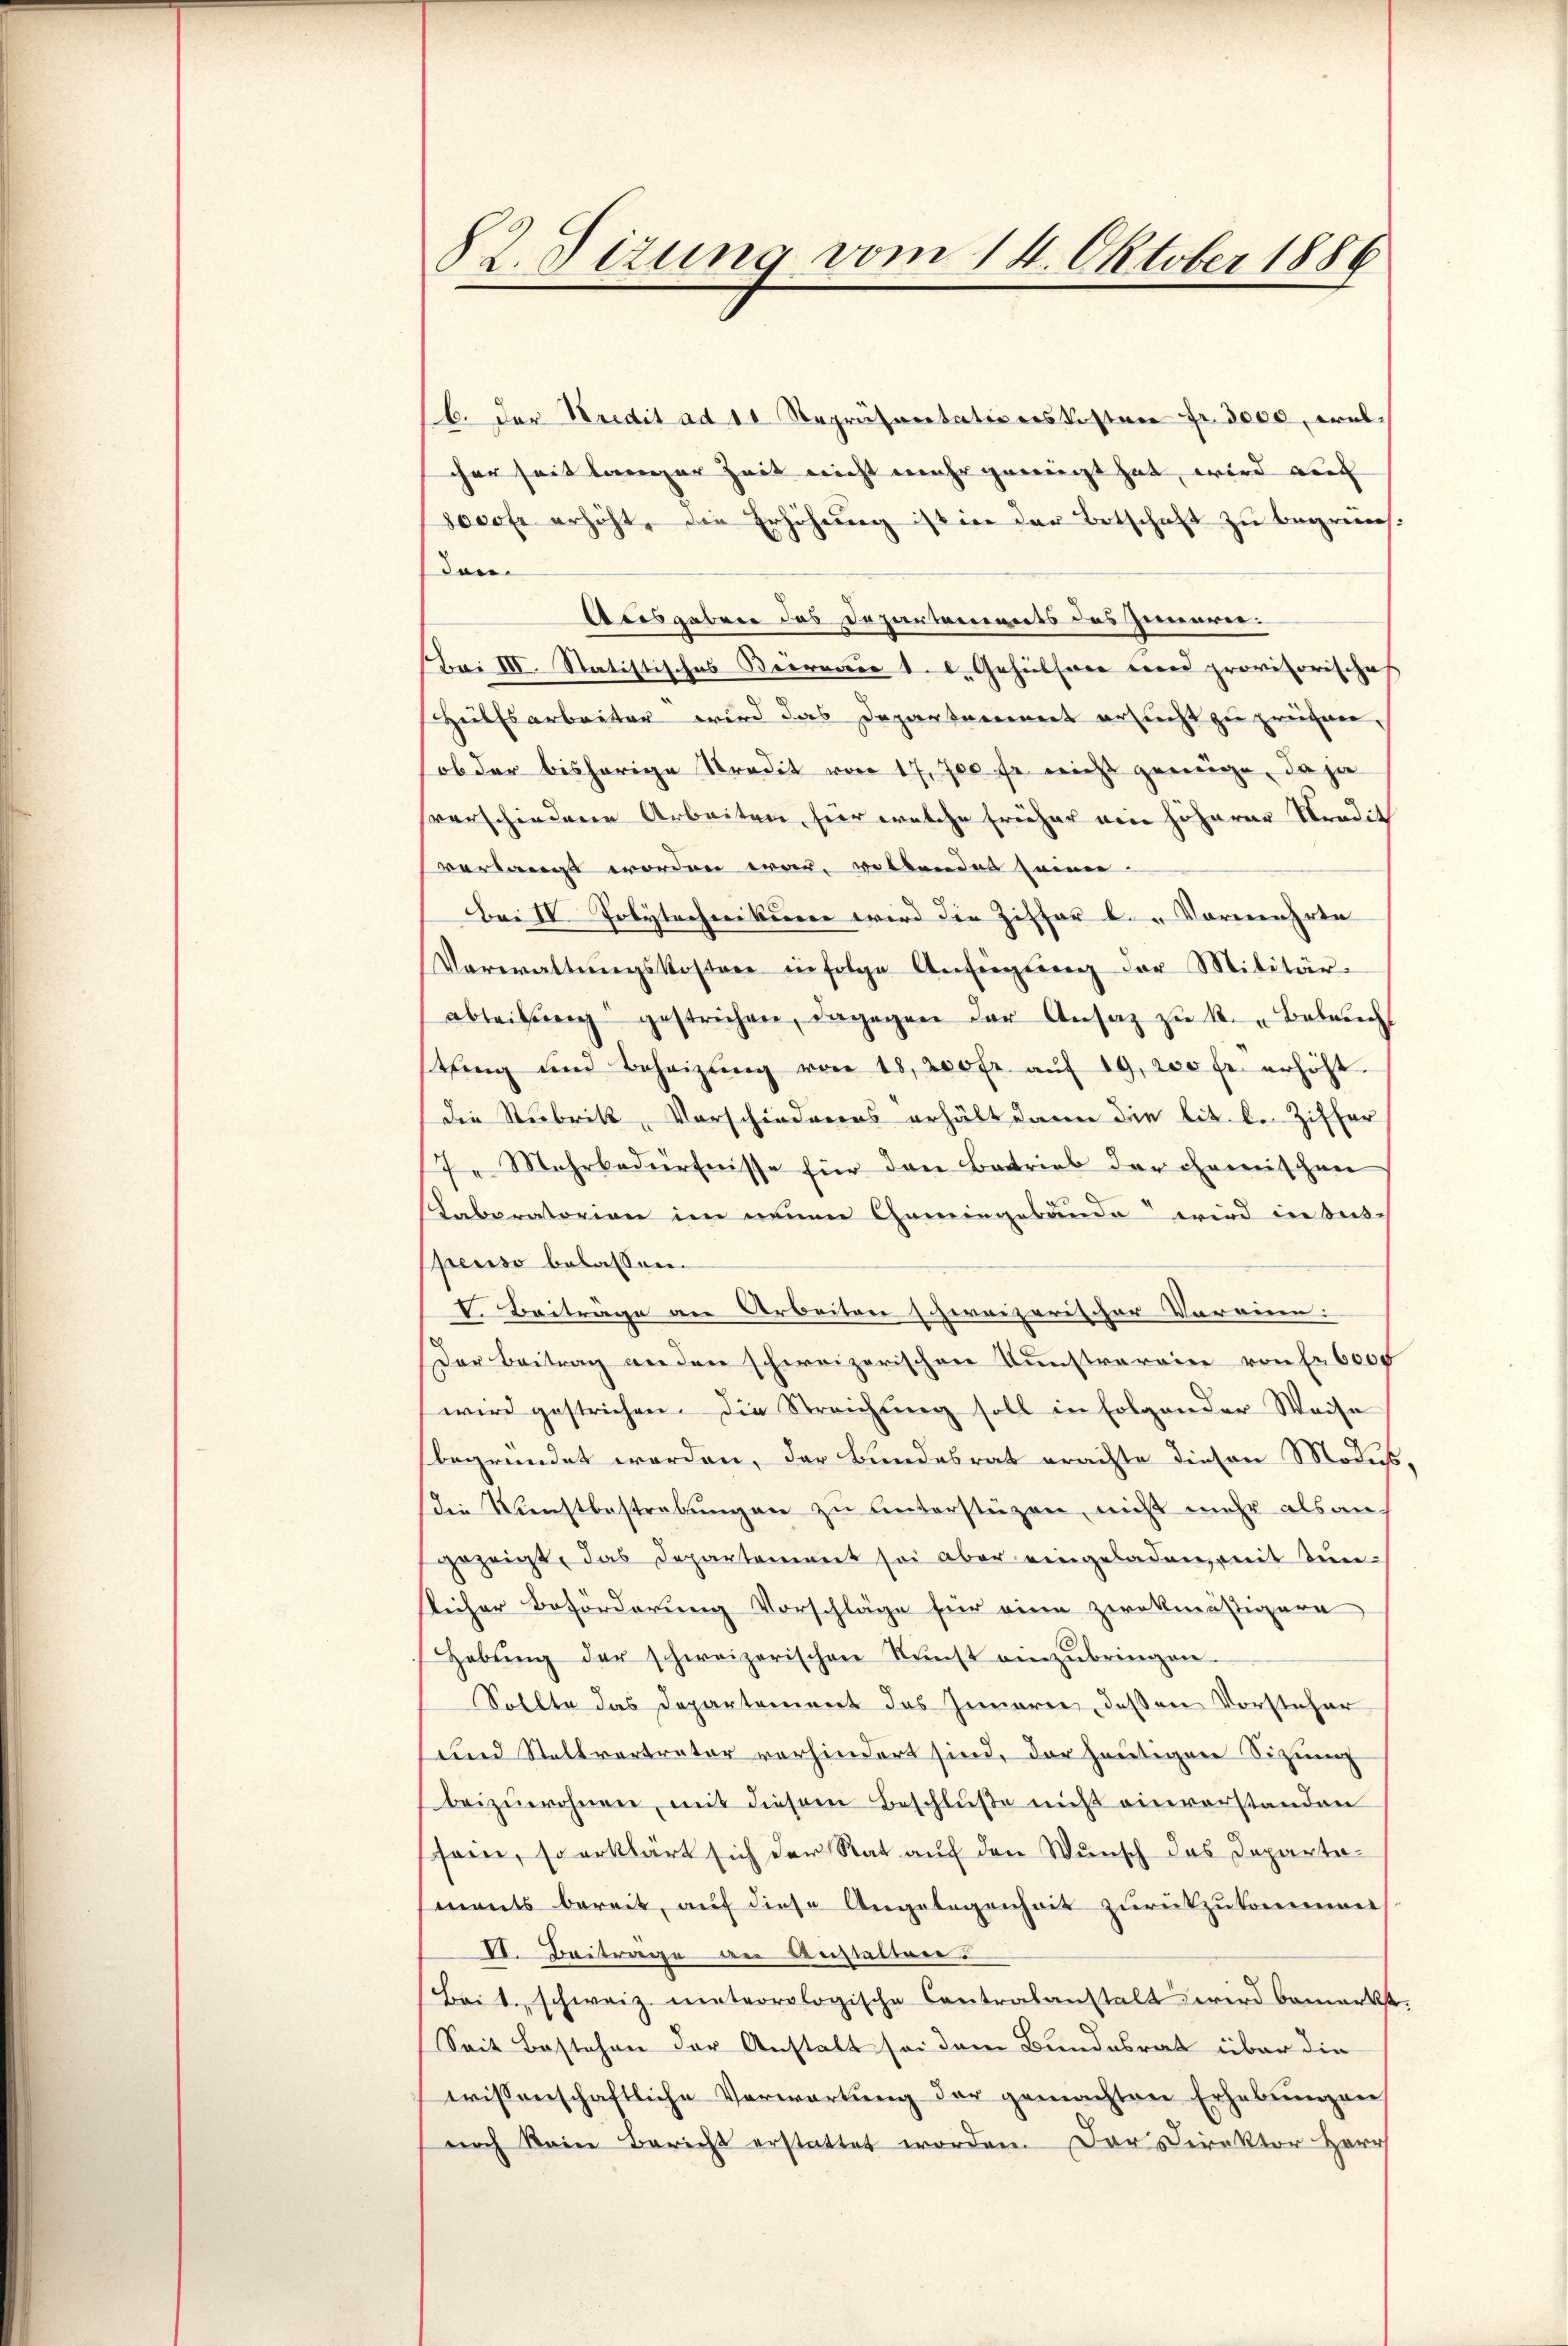
82. Dizung vom 14. Oktober 1886

b. der Kredit ad 11 Repräsentationskosten fr. 3000, welcher seit langer Zeit nicht mehr geweigt hat, wird auch |
3000fr erhöht, die Erhöhung ist in der Botschaft zu begründen.
Ateisgebene des Departements des Inneren.
Bai III. Statistisches Büreau 1. d. Gehülfene und provisorisches
Hülfsarbeiter wird das Departement ersucht zu prügen.
ob der bisherige Stradit von 17, 700 fr. nicht genüge, da ja
verschiedene Arbeiten, für welche früher ein höherer Stradit
verlangt worden war, vollendes seiner-
Bei IV Polytechnikum wird die Ziffer l. „Vormehrte |
Verwaltŭngskostere infolge Anfügŭng der Militär-
abteilung gestrichen, dagegen der Ansaz zŭ k. Beleucht
thung und Beheizŭng von 18, 200 fr. aŭf 19, 200 fr. erhöht.
die Stubrik, Vorschiederes erhält dann die lit. l. Ziffer
7. Mehrbedürfnisse für den Betrieb der chemischen
Taboratorion im neuen Chemingebunde wird in des-
spenso belassen.
V. Beiträge an Arbeiten schweizerischer Vereine:
Der Beitrag an den schweizerischen Kunstraroine von Fr. 6000
wird gestrichen. Die Streichung soll in Folgender Weise
begründet werden, der Bundesrat erachte diesen Modus,
Die Kunstbestrebungen zu unterstüzen, nicht mehr als auch
gezeigt, das Departement sei aber eingeladen, mit Tün-
slicher Beförderung Vorschläge für eine zwekmäßigere
Hebŭng der schweizerischen Kŭnst einzŭbringen.
Sollte das Departement das Innarie, deßen Vorsteher
und Stellvertreter vorhindert sind, der heutigen Sitzung
beizuwohnen, mit diesem Beschluße nicht einverstanden
sein, so erklärt sich der Rat auf den Wunsch das Departaments bereit, auf diese Angelegenheit zurückzukomment
VI. Beitrage an Anstalten?
(Bei 1. schweiz. meteorologische Contralanstalt wird bemerkst.
Seit Bestehen der Anstalt sei dem Bundesrat über die
wissenschaftliche Verwartung der gemachten Erhebŭngen
noch kein Bericht erstattet worden. Der Direktor Herr